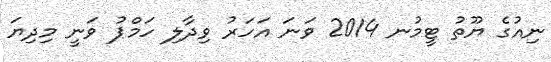
ނިއުގެ ޔޫތު ޓީމުނ 2014 ވަނަ އަހަރު ވިދާލި ހަމްޕު ވަނީ މިދިޔަ